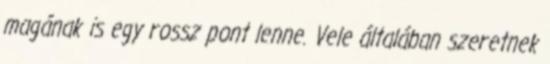
magának is egy rossz pont lenne. Vele általában szeretnek